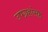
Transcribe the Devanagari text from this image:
उपग्रहांसह